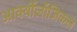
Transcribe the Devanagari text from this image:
आर्क्योलॉजिकल